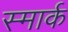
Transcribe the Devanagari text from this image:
स्मार्क